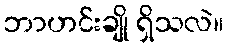
ဘာဟင်းချို ရှိသလဲ။